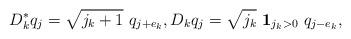
LaTeX: \begin{align*}D^*_k q_j=\sqrt{j_k+1}\ q_{j+e_k},D_k q_j=\sqrt{j_k}\ \mathbf{1}_{j_k>0}\ q_{j-e_k},\end{align*}